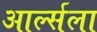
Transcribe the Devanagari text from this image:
आर्ल्सला